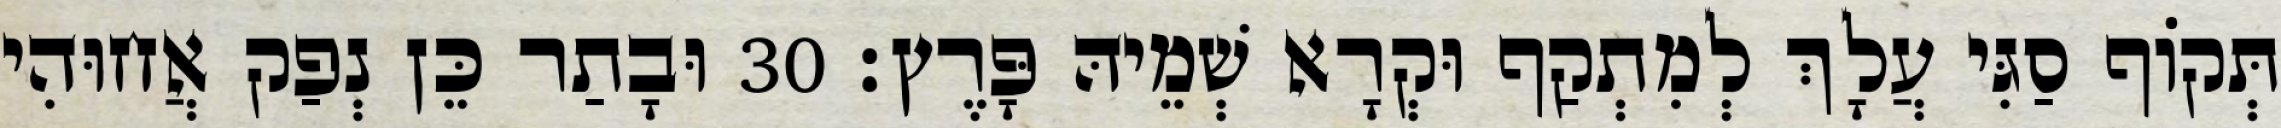
תְּקוֹף סַגִּי עֲלָךְ לְמִתְקַף וּקְרָא שְׁמֵיהּ פָּרֶץ׃ 30 וּבָתַר כֵּן נְפַק אֲחוּהִי